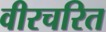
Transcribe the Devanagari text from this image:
वीरचरित